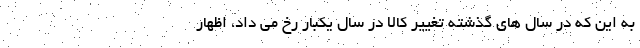
به اين كه در سال هاي گذشته تغيير كالا در سال يكبار رخ مي داد، اظهار